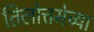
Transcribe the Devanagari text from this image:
तिलोत्तमेच्या